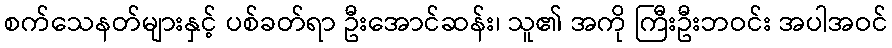
စက်သေနတ်များနှင့် ပစ်ခတ်ရာ ဦးအောင်ဆန်း၊ သူ၏ အကို ကြီးဦးဘဝင်း အပါအဝင်